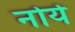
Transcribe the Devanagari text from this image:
नोर्ये